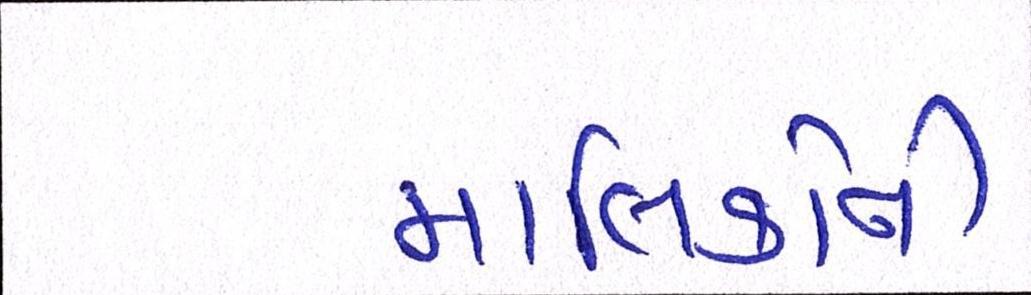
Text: માલિકોની